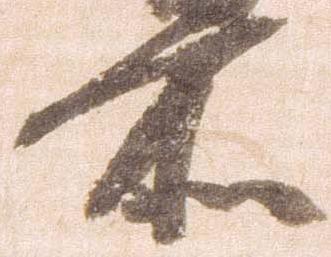
所